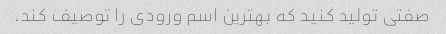
صفتی تولید کنید که بهترین اسم ورودی را توصیف کند.